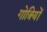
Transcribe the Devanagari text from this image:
गोत्रियों